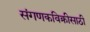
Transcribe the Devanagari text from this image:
संगणकविक्रीसाठी